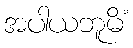
အပါယဘူမိံ